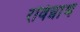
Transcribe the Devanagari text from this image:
रविन्नाथ